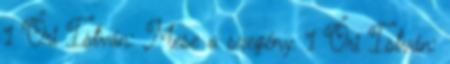
1 Őri István: Mese a szegény. 1 Őri István: